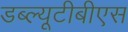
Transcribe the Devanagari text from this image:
डब्ल्यूटीबीएस